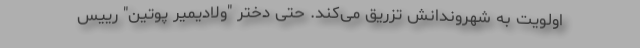
اولویت به شهروندانش تزریق می‌کند. حتی دختر "ولادیمیر پوتین" رییس